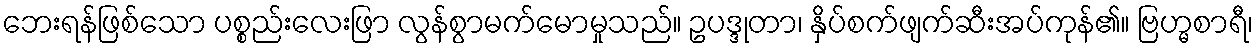
ဘေးရန်ဖြစ်သော ပစ္စည်းလေးဖြာ လွန်စွာမက်မောမှုသည်။ ဥပဒ္ဒုတာ၊ နှိပ်စက်ဖျက်ဆီးအပ်ကုန်၏။ ဗြဟ္မစာရီ၊